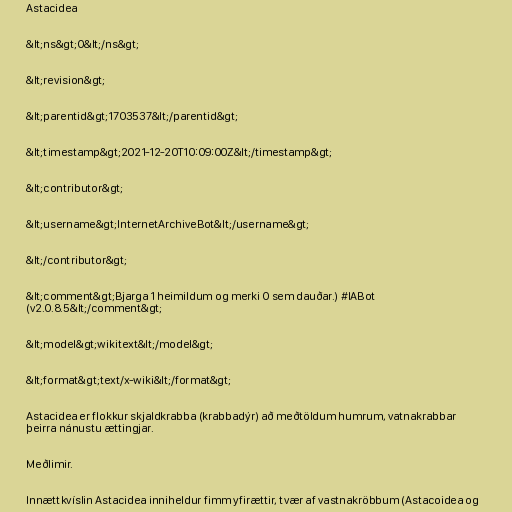
Astacidea

&lt;ns&gt;0&lt;/ns&gt;

&lt;revision&gt;

&lt;parentid&gt;1703537&lt;/parentid&gt;

&lt;timestamp&gt;2021-12-20T10:09:00Z&lt;/timestamp&gt;

&lt;contributor&gt;

&lt;username&gt;InternetArchiveBot&lt;/username&gt;

&lt;/contributor&gt;

&lt;comment&gt;Bjarga 1 heimildum og merki 0 sem dauðar.) #IABot
(v2.0.8.5&lt;/comment&gt;

&lt;model&gt;wikitext&lt;/model&gt;

&lt;format&gt;text/x-wiki&lt;/format&gt;

Astacidea er flokkur skjaldkrabba (krabbadýr) að meðtöldum humrum, vatnakrabbar
þeirra nánustu ættingjar.

Meðlimir.

Innættkvíslin Astacidea inniheldur fimm yfirættir, tvær af vastnakröbbum (Astacoidea og